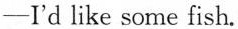
-I'd like some fish.